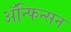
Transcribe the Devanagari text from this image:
ॲन्फिन्सन